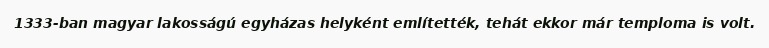
1333-ban magyar lakosságú egyházas helyként említették, tehát ekkor már temploma is volt.